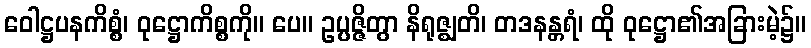
ဝေါဋ္ဌပနကိစ္စံ၊ ဝုဋ္ဌောကိစ္စကို။ ပေ။ ဥပ္ပဇ္ဇိတွာ နိရုဇ္ဈတိ၊ တဒနန္တရံ၊ ထို ဝုဋ္ဌော၏အခြားမဲ့၌။